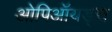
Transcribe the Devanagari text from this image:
ओपिऑयड्स